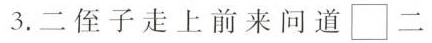
3.二侄子走上前来问道\Box 二